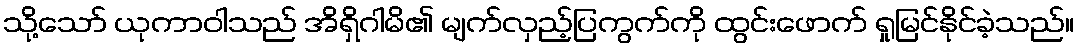
သို့သော် ယုကာဝါသည် အိရှိဂါမိ၏ မျက်လှည့်ပြကွက်ကို ထွင်းဖောက် ရှုမြင်နိုင်ခဲ့သည်။